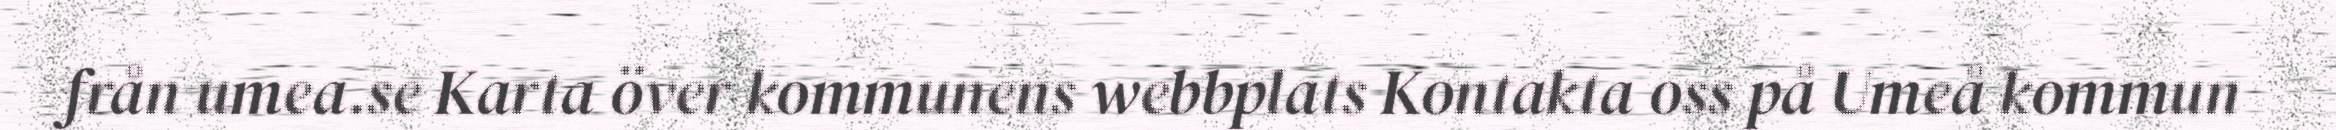
från umea.se Karta över kommunens webbplats Kontakta oss på Umeå kommun